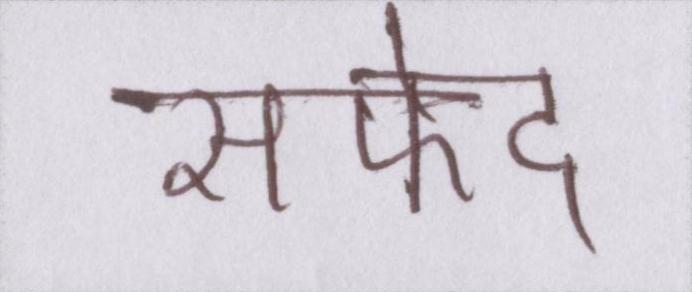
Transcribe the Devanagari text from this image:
सफेद